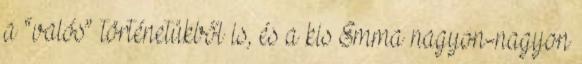
a “valós” történetükből is, és a kis Emma nagyon-nagyon